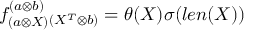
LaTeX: f _ { ( a \otimes X ) } ^ { ( a \otimes b ) } { } _ { ( X ^ { T } \otimes b ) } = \theta ( X ) \sigma ( l e n ( X ) )